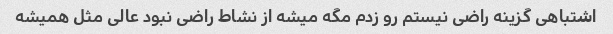
اشتباهی گزینه راضی نیستم رو زدم مگه میشه از نشاط راضی نبود عالی مثل همیشه